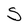
Character: S